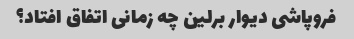
فروپاشی دیوار برلین چه زمانی اتفاق افتاد؟